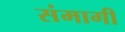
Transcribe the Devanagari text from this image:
संमागी